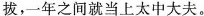
拔，一年之间就当上太中大夫。